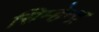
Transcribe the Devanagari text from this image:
सिम्हेन्द्र